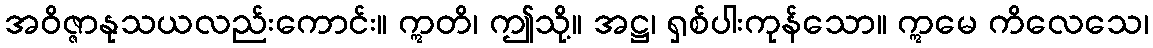
အဝိဇ္ဇာနုသယလည်းကောင်း။ ဣတိ၊ ဤသို့။ အဋ္ဌ၊ ရှစ်ပါးကုန်သော။ ဣမေ ကိလေသေ၊